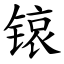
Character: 锿